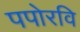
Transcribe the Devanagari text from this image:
पपोरवि